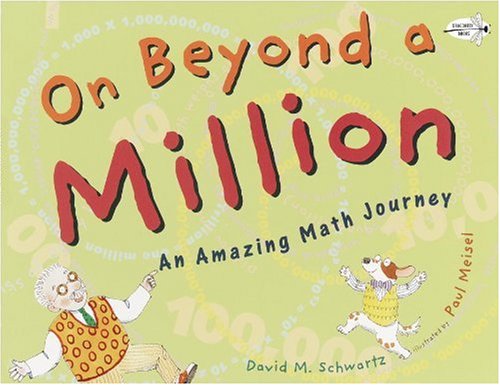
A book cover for On Beyond a Million: An Amazing Math Journey; David M. Schwartz; Science & Math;